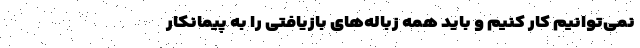
نمی‌توانیم کار کنیم و باید همه زباله‌های بازیافتی را به پیمانکار